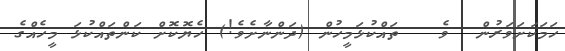
ހަމަކަށަވަރުން  ވެ   ތައްކުޅަމީހުން (ދަންނާށެވެ!) ހެޔޮކޮށް ކަންތައްކުޅަ މީހެއްގެ